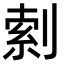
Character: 𫦎